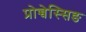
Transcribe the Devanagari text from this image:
प्रोच्चेस्सिङ